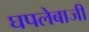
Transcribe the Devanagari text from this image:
घपलेबाजी